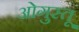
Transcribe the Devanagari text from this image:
ओगुस्तू